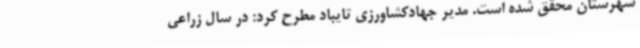
شهرستان محقق شده است. مدیر جهادکشاورزی تایباد مطرح کرد: در سال زراعی